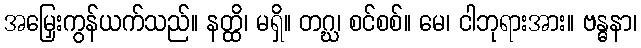
အမြှေးကွန်ယက်သည်။ နတ္ထိ၊ မရှိ။ တဂ္ဃ၊ စင်စစ်။ မေ၊ ငါဘုရားအား။ ဗန္ဓနာ၊